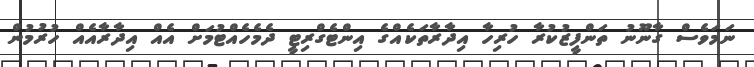
ނަމަވެސް ގާނޫނު ތަންފީޒުކުރާ ހުރިހާ އިދާރާތަކެއްގެ އިންޓެގްރިޓީ ދެމެހެއްޓުމަށް އެއް އިދާރާއެއް ހުރުމުން